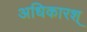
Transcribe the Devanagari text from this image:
अधिकारश्